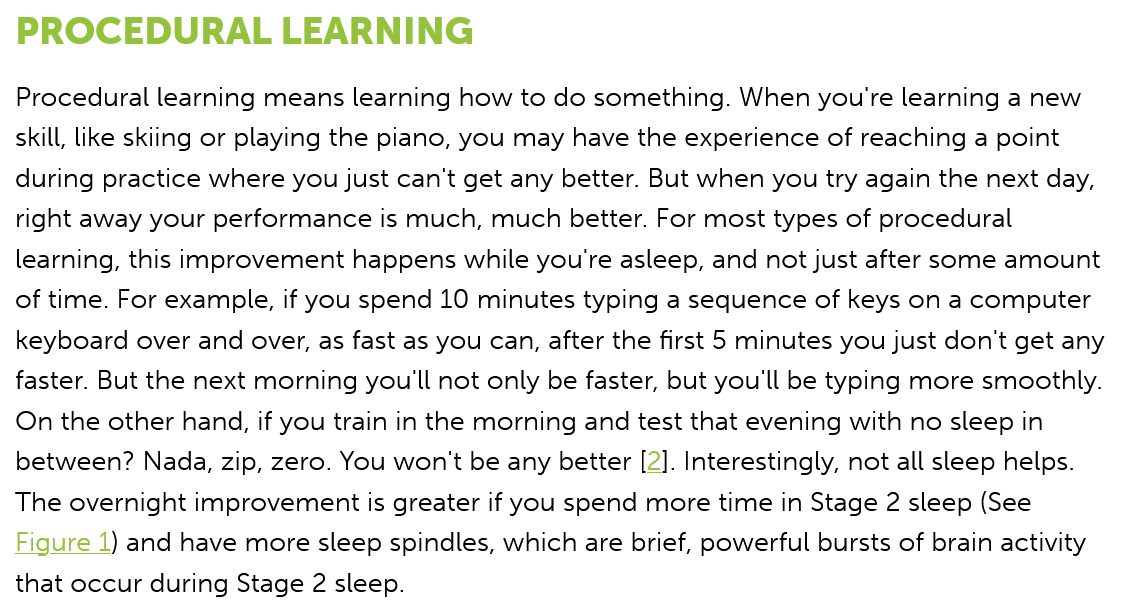
PROCEDURAL    LEARNING
  Procedural learning means learning how to do something. When you're learning a new
  skill, like skiing or playing the piano, you may have the experience of reaching a point
  during practice where you just can't get any better. But when you try again the next day,
  right away your performance is much, much better. For most types of procedural
  learning, this improvement happens while you're asleep, and not just after some amount
  of time. For example, if you spend 10 minutes typing a sequence of keys on a computer
  keyboard over and over, as fast as you can, after the first 5 minutes you just don't get any
  faster. But the next morning you'll not only be faster, but you'll be typing more smoothly.
  On the other hand, if you train in the morning and test that evening with no sleep in
  between? Nada, zip, zero. You won't be any better [2]. Interestingly, not all sleep helps.
  The overnight improvement is greater if you spend more time in Stage 2 sleep (See
  Figure 1) and have more sleep spindles, which are brief, powerful bursts of brain activity
  that occur during Stage 2 sleep.